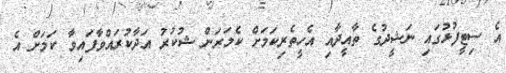
އެ ސިޓީފުޅުގައި ނަޝީދުގެ ތާއީދާއި އެހީތެރިކަމަށް ކެމަރަން ޝުކުރު އަދާކުރައްވާފައިވާ ކަމަށް އެ